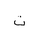
Letter: _ta